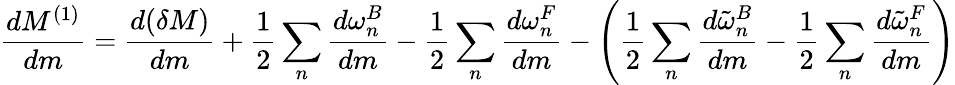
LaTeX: {\frac{dM^{(1)}}{dm}}={\frac{d(\delta M)}{dm}}+{\frac{1}{2}}\sum_{n}{\frac{d\omega_{n}^{B}}{dm}}-{\frac{1}{2}}\sum_{n}{\frac{d\omega_{n}^{F}}{dm}}-\left({\frac{1}{2}}\sum_{n}{\frac{d\tilde{\omega}_{n}^{B}}{dm}}-{\frac{1}{2}}\sum_{n}{\frac{d\tilde{\omega}_{n}^{F}}{dm}}\right)